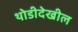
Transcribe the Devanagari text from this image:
थोडीदेखील